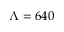
\Lambda = 6 4 0